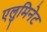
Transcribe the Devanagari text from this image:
एलुमिनेट